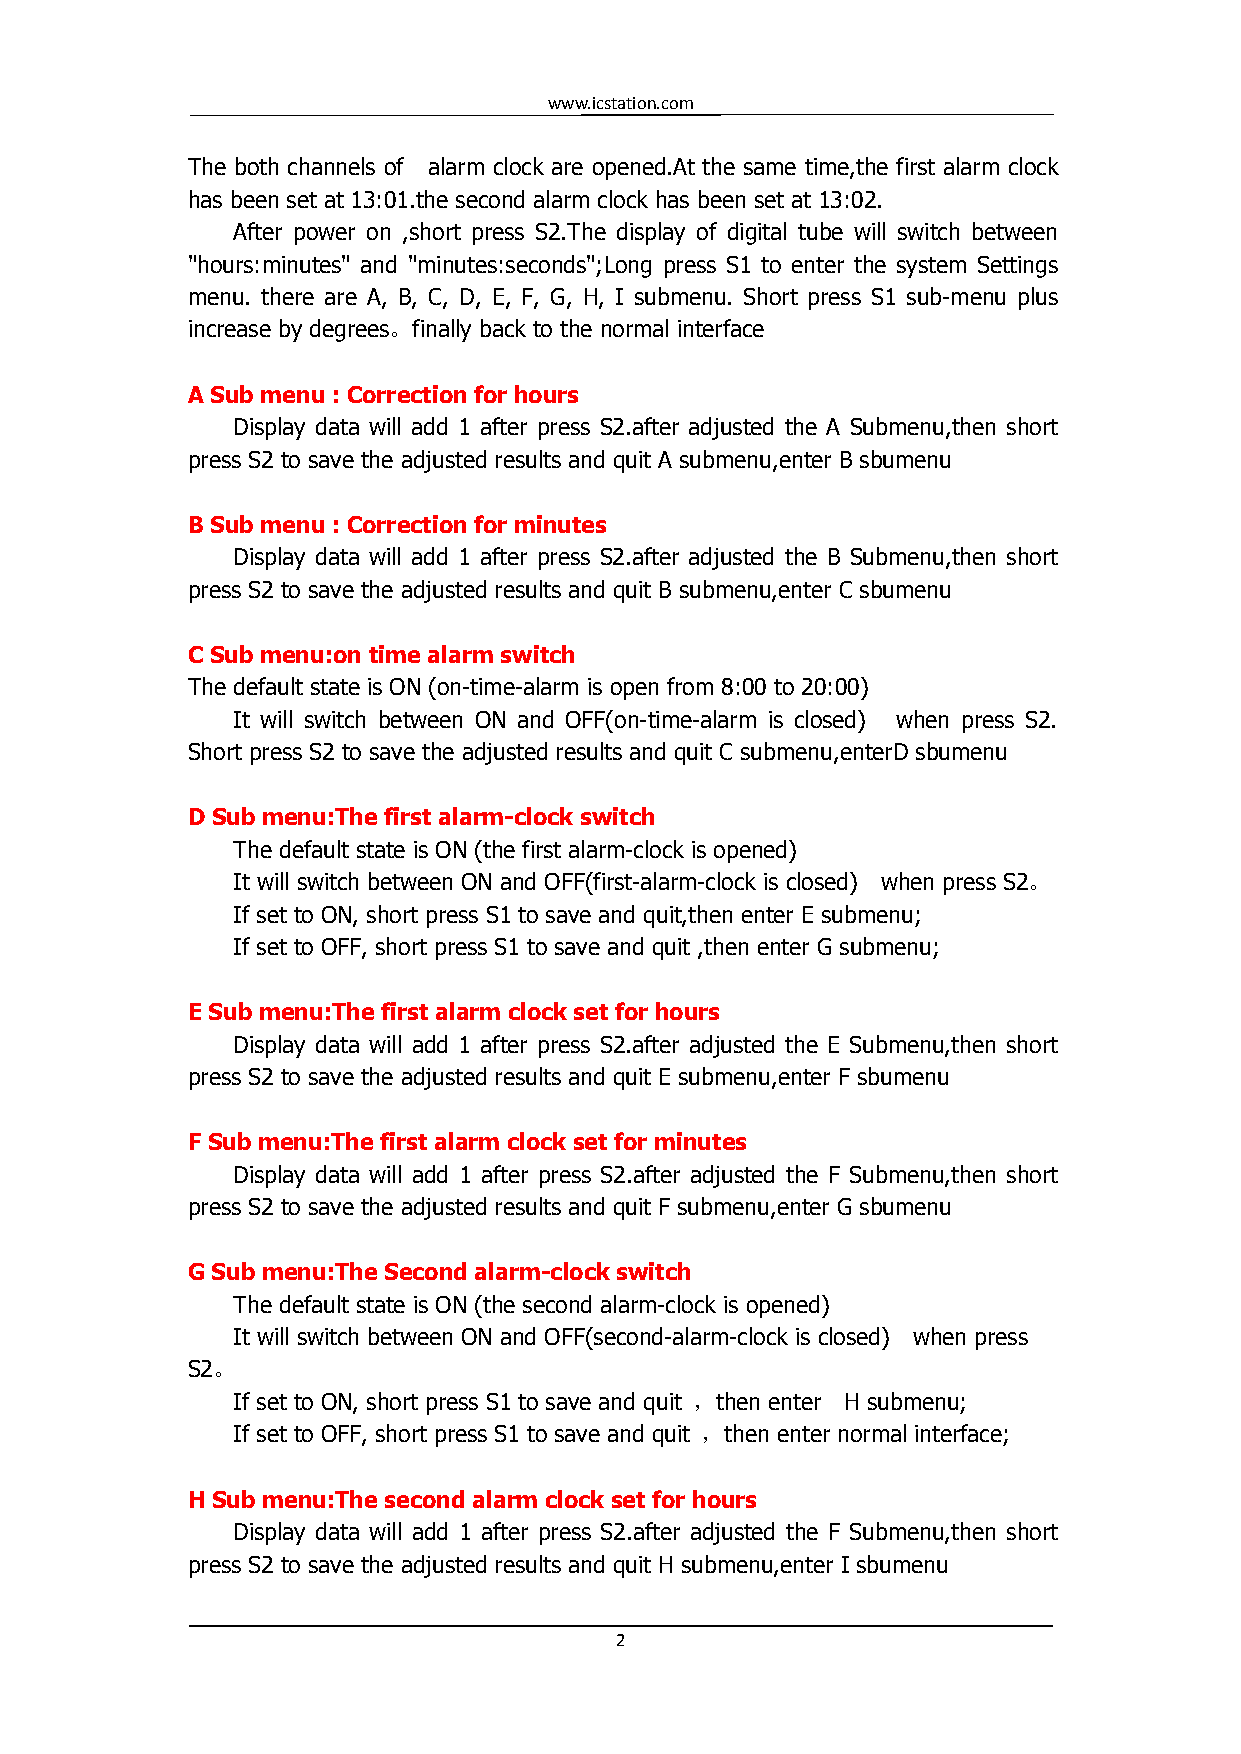
www.icstation.com
 The both channels of alarm clock are opened.At the same time,the first alarm clock
 has been set at 13:01.the second alarm clock has been set at 13:02.
 After power on ,short press S2.The display of digital tube will switch between
 "hours:minutes" and "minutes:seconds";Long press S1 to enter the system Settings
 menu. there are A, B, C, D, E, F, G, H, I submenu. Short press S1 sub-menu plus
 increase by degrees。finally back to the normal interface
 A Sub menu : Correction for hours
 Display data will add 1 after press S2.after adjusted the A Submenu,then short
 press S2 to save the adjusted results and quit A submenu,enter B sbumenu
 B Sub menu : Correction for minutes
 Display data will add 1 after press S2.after adjusted the B Submenu,then short
 press S2 to save the adjusted results and quit B submenu,enter C sbumenu
 C Sub menu:on time alarm switch
 The default state is ON (on-time-alarm is open from 8:00 to 20:00)
 It will switch between ON and OFF(on-time-alarm is closed) when press S2.
 Short press S2 to save the adjusted results and quit C submenu,enterD sbumenu
 D Sub menu:The first alarm-clock switch
 The default state is ON (the first alarm-clock is opened)
 It will switch between ON and OFF(first-alarm-clock is closed) when press S2。
 If set to ON, short press S1 to save and quit,then enter E submenu;
 If set to OFF, short press S1 to save and quit ,then enter G submenu;
 E Sub menu:The first alarm clock set for hours
 Display data will add 1 after press S2.after adjusted the E Submenu,then short
 press S2 to save the adjusted results and quit E submenu,enter F sbumenu
 F Sub menu:The first alarm clock set for minutes
 Display data will add 1 after press S2.after adjusted the F Submenu,then short
 press S2 to save the adjusted results and quit F submenu,enter G sbumenu
 G Sub menu:The Second alarm-clock switch
 The default state is ON (the second alarm-clock is opened)
 It will switch between ON and OFF(second-alarm-clock is closed) when press
 S2。
 If set to ON, short press S1 to save and quit ，then enter H submenu;
 If set to OFF, short press S1 to save and quit ，then enter normal interface;
 H Sub menu:The second alarm clock set for hours
 Display data will add 1 after press S2.after adjusted the F Submenu,then short
 press S2 to save the adjusted results and quit H submenu,enter I sbumenu
 2